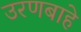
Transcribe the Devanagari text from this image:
उरणबाहे